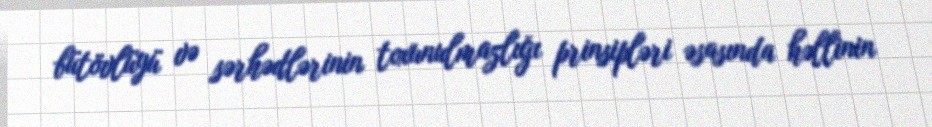
bütövlüyü və sərhədlərinin toxunulmazlığı prinsipləri əsasında həllinin